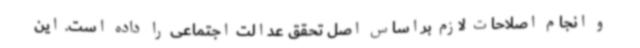
و انجام اصلاحات لازم براساس اصل تحقق عدالت اجتماعی را داده است. این